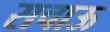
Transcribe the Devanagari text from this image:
सचाऊ